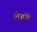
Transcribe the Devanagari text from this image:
लेहंगे